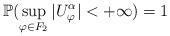
LaTeX: \begin{align*}\mathbb{P}(\sup_{\varphi\in F_2}|U_{\varphi}^{\alpha}| < + \infty) = 1\end{align*}